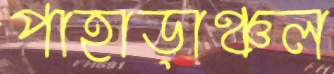
পাহাড়াঞ্চল